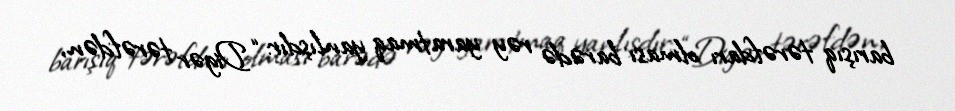
barışıq tərəfdarı olması barədə rəy yaratmaq yanlışdır: “Digər tərəfdən,